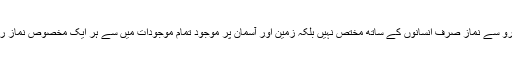
قرآنکی رو سے نماز صرف انسانوں کے ساتھ مختص نہیں بلکہ زمین اور آسمان پر موجود تمام موجودات میں سے ہر ایک مخصوص نماز رکھتا ہی۔